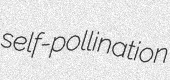
self-pollination